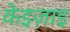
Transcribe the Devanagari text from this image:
केइज़ाइ